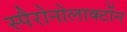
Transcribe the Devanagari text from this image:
स्पैरोनोलाक्टोंन